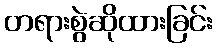
တရားစွဲဆိုထားခြင်း